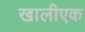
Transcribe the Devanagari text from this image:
खालीएक